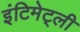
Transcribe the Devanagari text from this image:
इंटिमेट्ली